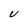
Character: U